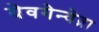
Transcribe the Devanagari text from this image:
येवगेन्येव्ना